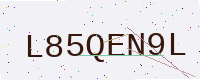
Text: L85QEN9L